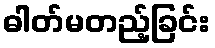
ဓါတ်မတည့်ခြင်း